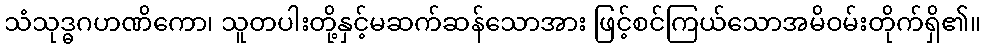
သံသုဒ္ဓဂဟဏိကော၊ သူတပါးတို့နှင့်မဆက်ဆန်သောအား ဖြင့်စင်ကြယ်သောအမိဝမ်းတိုက်ရှိ၏။